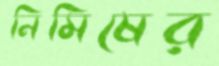
নিমিষের